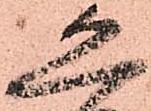
恐